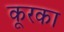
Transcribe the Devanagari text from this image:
कूरका